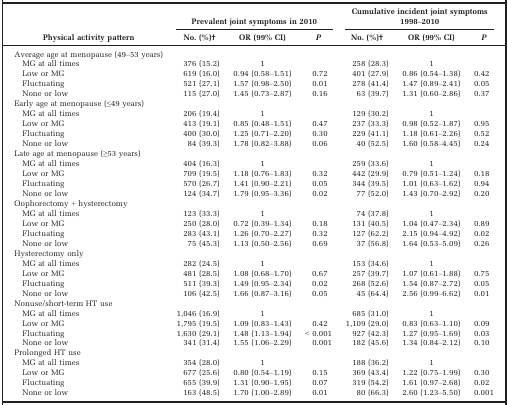
<table><thead><tr><td rowspan="2"><b>Physical activity pattern</b></td><td colspan="3"><b>Prevalent joint symptoms in 2010</b></td><td colspan="3"><b>Cumulative incident joint symptoms 1998–2010</b></td></tr><tr><td><b>No. (%)b</b></td><td><b>OR (99% CI)</b></td><td><b><i>P</i></b></td><td><b>No. (%)b</b></td><td><b>OR (99% CI)</b></td><td><b><i>P</i></b></td></tr></thead><tbody><tr><td>Average age at menopause (49–53 years)</td><td></td><td></td><td></td><td></td><td></td><td></td></tr><tr><td>MG at all times</td><td>376 (15.2)</td><td>1</td><td></td><td>258 (28.3)</td><td>1</td><td></td></tr><tr><td>Low or MG</td><td>619 (16.0)</td><td>0.94 (0.58–1.51)</td><td>0.72</td><td>401 (27.9)</td><td>0.86 (0.54–1.38)</td><td>0.42</td></tr><tr><td>Fluctuating</td><td>521 (27.1)</td><td>1.57 (0.98–2.50)</td><td>0.01</td><td>278 (41.4)</td><td>1.47 (0.89–2.41)</td><td>0.05</td></tr><tr><td>None or low</td><td>115 (27.0)</td><td>1.45 (0.73–2.87)</td><td>0.16</td><td>63 (39.7)</td><td>1.31 (0.60–2.86)</td><td>0.37</td></tr><tr><td>Early age at menopause (≤49 years)</td><td></td><td></td><td></td><td></td><td></td><td></td></tr><tr><td>MG at all times</td><td>206 (19.4)</td><td>1</td><td></td><td>129 (30.2)</td><td>1</td><td></td></tr><tr><td>Low or MG</td><td>413 (19.1)</td><td>0.85 (0.48–1.51)</td><td>0.47</td><td>237 (33.3)</td><td>0.98 (0.52–1.87)</td><td>0.95</td></tr><tr><td>Fluctuating</td><td>400 (30.0)</td><td>1.25 (0.71–2.20)</td><td>0.30</td><td>229 (41.1)</td><td>1.18 (0.61–2.26)</td><td>0.52</td></tr><tr><td>None or low</td><td>84 (39.3)</td><td>1.78 (0.82–3.88)</td><td>0.06</td><td>40 (52.5)</td><td>1.60 (0.58–4.45)</td><td>0.24</td></tr><tr><td>Late age at menopause (≥53 years)</td><td></td><td></td><td></td><td></td><td></td><td></td></tr><tr><td>MG at all times</td><td>404 (16.3)</td><td>1</td><td></td><td>259 (33.6)</td><td>1</td><td></td></tr><tr><td>Low or MG</td><td>709 (19.5)</td><td>1.18 (0.76–1.83)</td><td>0.32</td><td>442 (29.9)</td><td>0.79 (0.51–1.24)</td><td>0.18</td></tr><tr><td>Fluctuating</td><td>570 (26.7)</td><td>1.41 (0.90–2.21)</td><td>0.05</td><td>344 (39.5)</td><td>1.01 (0.63–1.62)</td><td>0.94</td></tr><tr><td>None or low</td><td>124 (34.7)</td><td>1.79 (0.95–3.36)</td><td>0.02</td><td>77 (52.0)</td><td>1.43 (0.70–2.92)</td><td>0.20</td></tr><tr><td>Oophorectomy + hysterectomy</td><td></td><td></td><td></td><td></td><td></td><td></td></tr><tr><td>MG at all times</td><td>123 (33.3)</td><td>1</td><td></td><td>74 (37.8)</td><td>1</td><td></td></tr><tr><td>Low or MG</td><td>250 (28.0)</td><td>0.72 (0.39–1.34)</td><td>0.18</td><td>131 (40.5)</td><td>1.04 (0.47–2.34)</td><td>0.89</td></tr><tr><td>Fluctuating</td><td>283 (43.1)</td><td>1.26 (0.70–2.27)</td><td>0.32</td><td>127 (62.2)</td><td>2.15 (0.94–4.92)</td><td>0.02</td></tr><tr><td>None or low</td><td>75 (45.3)</td><td>1.13 (0.50–2.56)</td><td>0.69</td><td>37 (56.8)</td><td>1.64 (0.53–5.09)</td><td>0.26</td></tr><tr><td>Hysterectomy only</td><td></td><td></td><td></td><td></td><td></td><td></td></tr><tr><td>MG at all times</td><td>282 (24.5)</td><td>1</td><td></td><td>153 (34.6)</td><td>1</td><td></td></tr><tr><td>Low or MG</td><td>481 (28.5)</td><td>1.08 (0.68–1.70)</td><td>0.67</td><td>257 (39.7)</td><td>1.07 (0.61–1.88)</td><td>0.75</td></tr><tr><td>Fluctuating</td><td>511 (39.3)</td><td>1.49 (0.95–2.34)</td><td>0.02</td><td>268 (52.6)</td><td>1.54 (0.87–2.72)</td><td>0.05</td></tr><tr><td>None or low</td><td>106 (42.5)</td><td>1.66 (0.87–3.16)</td><td>0.05</td><td>45 (64.4)</td><td>2.56 (0.99–6.62)</td><td>0.01</td></tr><tr><td>Nonuse/short‐term HT use</td><td></td><td></td><td></td><td></td><td></td><td></td></tr><tr><td>MG at all times</td><td>1,046 (16.9)</td><td>1</td><td></td><td>685 (31.0)</td><td>1</td><td></td></tr><tr><td>Low or MG</td><td>1,795 (19.5)</td><td>1.09 (0.83–1.43)</td><td>0.42</td><td>1,109 (29.0)</td><td>0.83 (0.63–1.10)</td><td>0.09</td></tr><tr><td>Fluctuating</td><td>1,630 (29.1)</td><td>1.48 (1.13–1.94)</td><td>&lt; 0.001</td><td>927 (42.3)</td><td>1.27 (0.95–1.69)</td><td>0.03</td></tr><tr><td>None or low</td><td>341 (31.4)</td><td>1.55 (1.06–2.29)</td><td>0.001</td><td>182 (45.6)</td><td>1.34 (0.84–2.12)</td><td>0.10</td></tr><tr><td>Prolonged HT use</td><td></td><td></td><td></td><td></td><td></td><td></td></tr><tr><td>MG at all times</td><td>354 (28.0)</td><td>1</td><td></td><td>188 (36.2)</td><td>1</td><td></td></tr><tr><td>Low or MG</td><td>677 (25.6)</td><td>0.80 (0.54–1.19)</td><td>0.15</td><td>369 (43.4)</td><td>1.22 (0.75–1.99)</td><td>0.30</td></tr><tr><td>Fluctuating</td><td>655 (39.9)</td><td>1.31 (0.90–1.95)</td><td>0.07</td><td>319 (54.2)</td><td>1.61 (0.97–2.68)</td><td>0.02</td></tr><tr><td>None or low</td><td>163 (48.5)</td><td>1.70 (1.00–2.89)</td><td>0.01</td><td>80 (66.3)</td><td>2.60 (1.23–5.50)</td><td>0.001</td></tr></tbody></table>